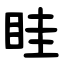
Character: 眭